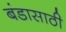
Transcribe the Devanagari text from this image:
बंडासाठी